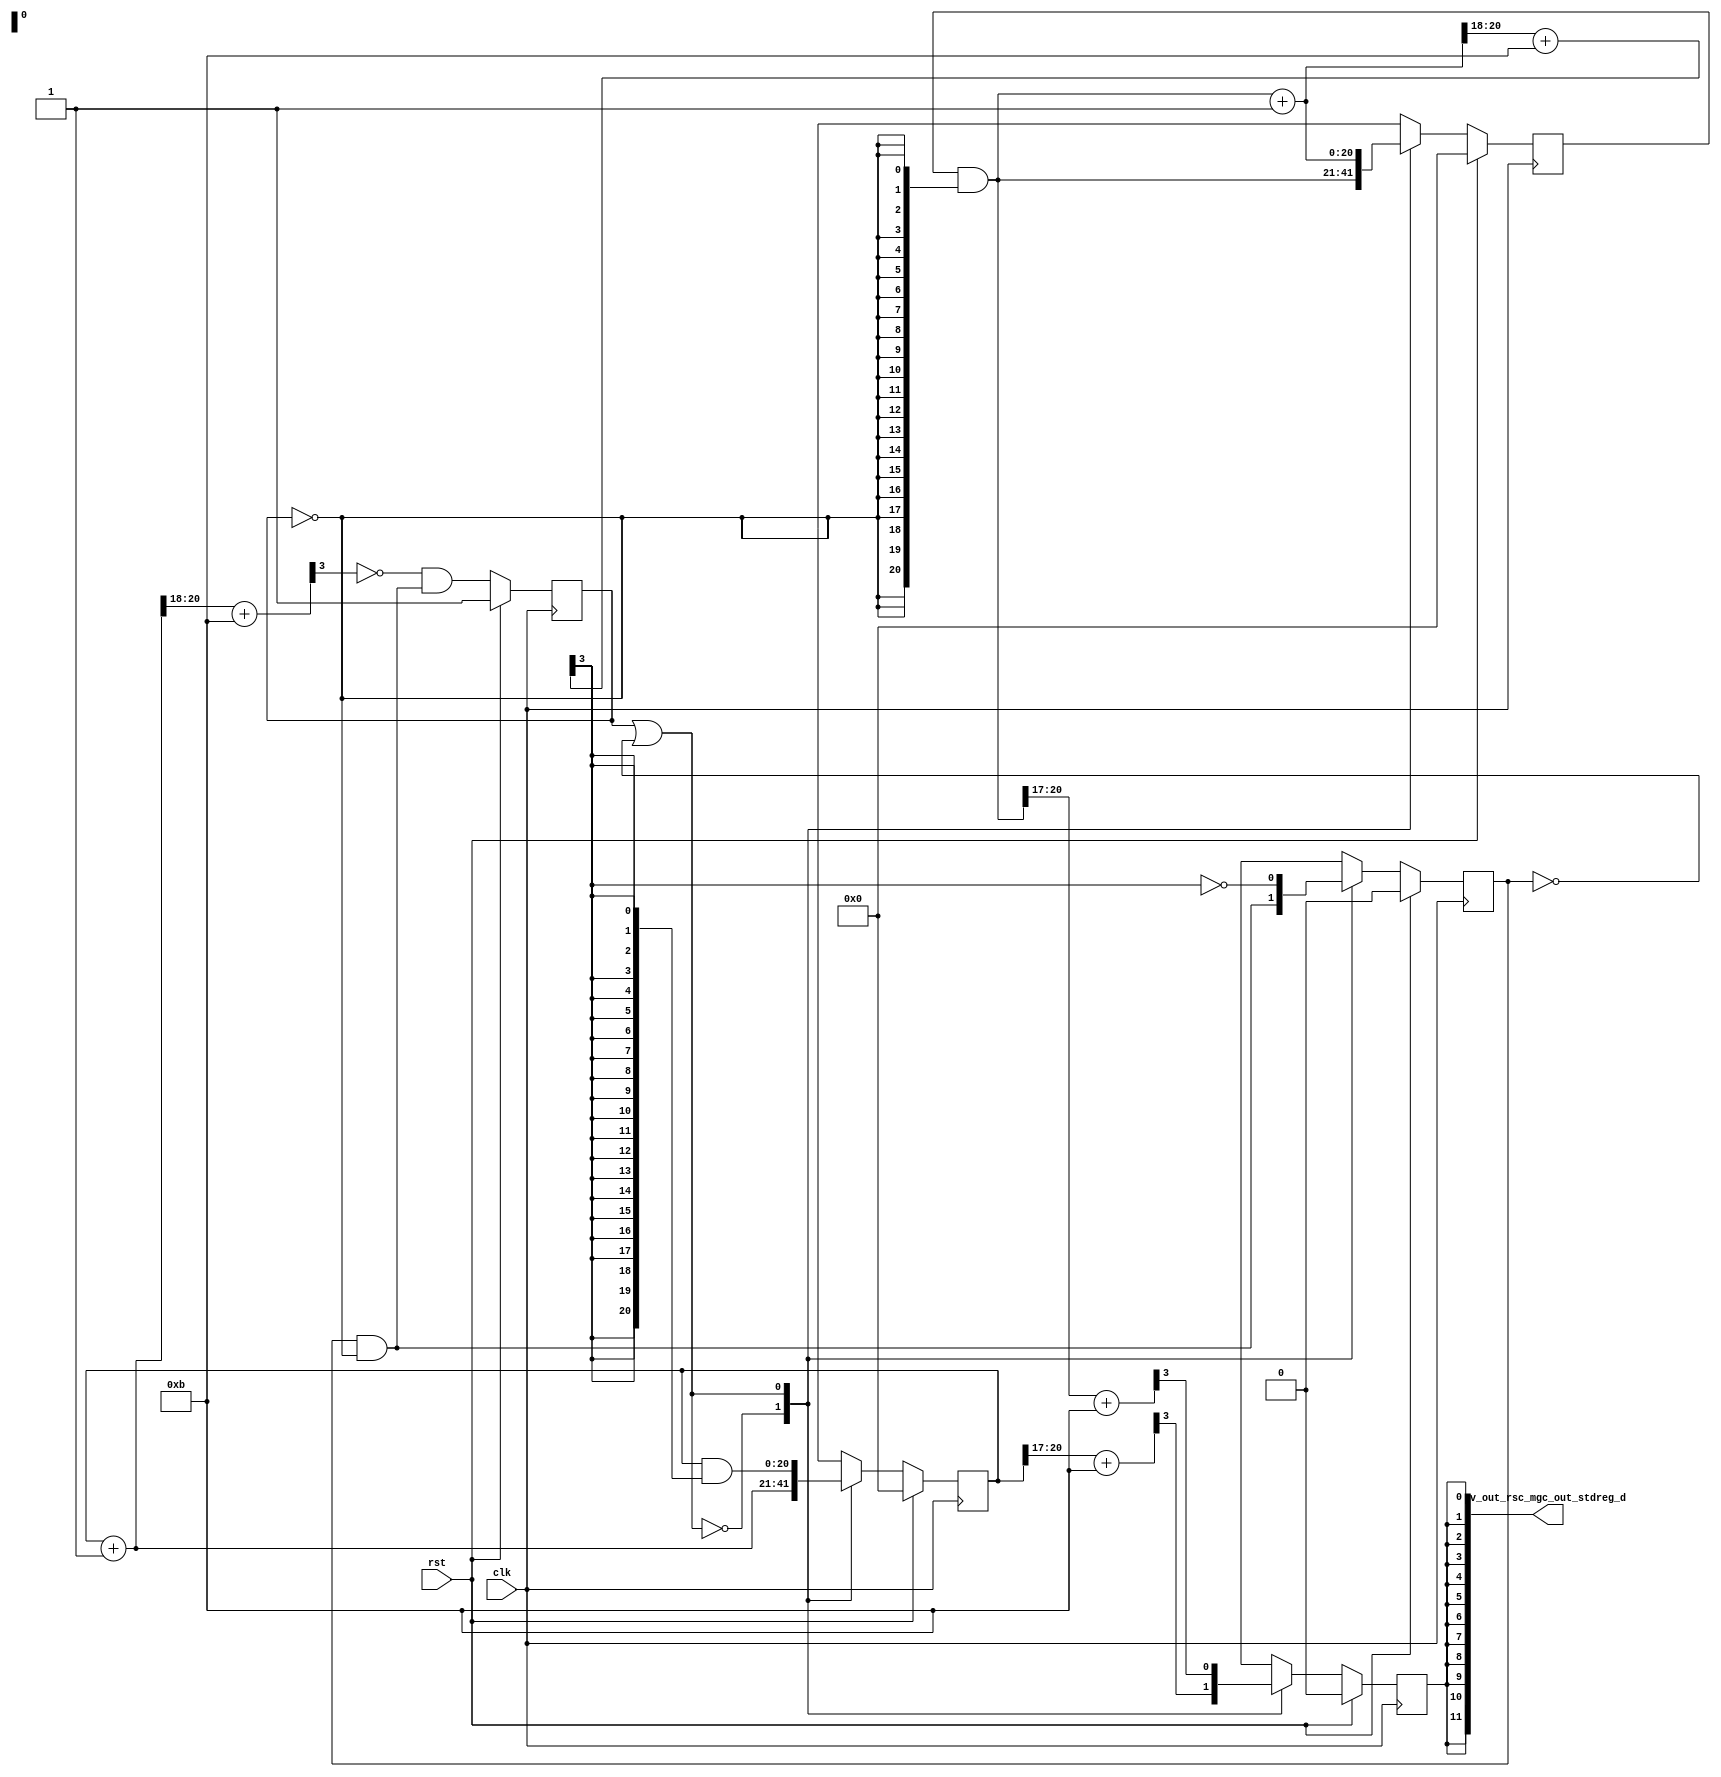
module Render_core (
  clk, rst, v_out_rsc_mgc_out_stdreg_d
);
  input clk;
  input rst;
  output [11:0] v_out_rsc_mgc_out_stdreg_d;


  // Interconnect Declarations
  wire or_dcpl;
  reg [20:0] for_i_2_lpi;
  reg exit_main_2_for_lpi;
  reg exit_main_1_for_lpi;
  reg [20:0] for_i_1_lpi;
  wire [20:0] for_i_1_sva;
  wire [21:0] nl_for_i_1_sva;
  reg reg_v_out_rsc_mgc_out_stdreg_d_reg;
  wire [20:0] for_i_2_lpi_dfm;
  wire exit_main_1_for_lpi_dfm;
  wire [20:0] for_i_2_sva_1;
  wire [21:0] nl_for_i_2_sva_1;
  wire [3:0] main_1_for_acc_itm;
  wire [4:0] nl_main_1_for_acc_itm;


  // Interconnect Declarations for Component Instantiations 
  assign v_out_rsc_mgc_out_stdreg_d = {{11{reg_v_out_rsc_mgc_out_stdreg_d_reg}},
      reg_v_out_rsc_mgc_out_stdreg_d_reg};
  assign for_i_2_lpi_dfm = for_i_2_lpi & (signext_21_1(~ exit_main_2_for_lpi));
  assign exit_main_1_for_lpi_dfm = exit_main_1_for_lpi & (~ exit_main_2_for_lpi);
  assign nl_for_i_1_sva = for_i_1_lpi + 21'b1;
  assign for_i_1_sva = nl_for_i_1_sva[20:0];
  assign nl_main_1_for_acc_itm = conv_u2s_3_4(for_i_2_sva_1[20:18]) + 4'b1011;
  assign main_1_for_acc_itm = nl_main_1_for_acc_itm[3:0];
  assign nl_for_i_2_sva_1 = for_i_2_lpi_dfm + 21'b1;
  assign for_i_2_sva_1 = nl_for_i_2_sva_1[20:0];
  assign or_dcpl = exit_main_2_for_lpi | (~ exit_main_1_for_lpi);
  always @(posedge clk) begin
    if ( rst ) begin
      reg_v_out_rsc_mgc_out_stdreg_d_reg <= 1'b0;
      for_i_1_lpi <= 21'b0;
      exit_main_1_for_lpi <= 1'b0;
      exit_main_2_for_lpi <= 1'b1;
      for_i_2_lpi <= 21'b0;
    end
    else begin
      reg_v_out_rsc_mgc_out_stdreg_d_reg <= MUX_s_1_2_2({(readslicef_4_1_3(((for_i_1_lpi[20:17])
          + 4'b1011))) , (readslicef_4_1_3(((for_i_2_lpi_dfm[20:17]) + 4'b1011)))},
          or_dcpl);
      for_i_1_lpi <= MUX_v_21_2_2({for_i_1_sva , (for_i_1_lpi & (signext_21_1(main_1_for_acc_itm[3])))},
          or_dcpl);
      exit_main_1_for_lpi <= MUX_s_1_2_2({exit_main_1_for_lpi_dfm , (~ (main_1_for_acc_itm[3]))},
          or_dcpl);
      exit_main_2_for_lpi <= (~ (readslicef_4_1_3((conv_u2s_3_4(for_i_1_sva[20:18])
          + 4'b1011)))) & exit_main_1_for_lpi_dfm;
      for_i_2_lpi <= MUX_v_21_2_2({for_i_2_lpi_dfm , for_i_2_sva_1}, or_dcpl);
    end
  end

  function [20:0] signext_21_1;
    input [0:0] vector;
  begin
    signext_21_1= {{20{vector[0]}}, vector};
  end
  endfunction


  function [0:0] MUX_s_1_2_2;
    input [1:0] inputs;
    input [0:0] sel;
    reg [0:0] result;
  begin
    case (sel)
      1'b0 : begin
        result = inputs[1:1];
      end
      1'b1 : begin
        result = inputs[0:0];
      end
      default : begin
        result = inputs[1:1];
      end
    endcase
    MUX_s_1_2_2 = result;
  end
  endfunction


  function [0:0] readslicef_4_1_3;
    input [3:0] vector;
    reg [3:0] tmp;
  begin
    tmp = vector >> 3;
    readslicef_4_1_3 = tmp[0:0];
  end
  endfunction


  function [20:0] MUX_v_21_2_2;
    input [41:0] inputs;
    input [0:0] sel;
    reg [20:0] result;
  begin
    case (sel)
      1'b0 : begin
        result = inputs[41:21];
      end
      1'b1 : begin
        result = inputs[20:0];
      end
      default : begin
        result = inputs[41:21];
      end
    endcase
    MUX_v_21_2_2 = result;
  end
  endfunction


  function signed [3:0] conv_u2s_3_4 ;
    input [2:0]  vector ;
  begin
    conv_u2s_3_4 = {1'b0, vector};
  end
  endfunction

endmodule
module Render (
  v_out_rsc_z, clk, rst
);
  output [11:0] v_out_rsc_z;
  input clk;
  input rst;


  // Interconnect Declarations
  wire [11:0] v_out_rsc_mgc_out_stdreg_d;


  // Interconnect Declarations for Component Instantiations 
  mgc_out_stdreg #(.rscid(1),
  .width(12)) v_out_rsc_mgc_out_stdreg (
      .d(v_out_rsc_mgc_out_stdreg_d),
      .z(v_out_rsc_z)
    );
  Render_core Render_core_inst (
      .clk(clk),
      .rst(rst),
      .v_out_rsc_mgc_out_stdreg_d(v_out_rsc_mgc_out_stdreg_d)
    );
endmodule